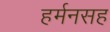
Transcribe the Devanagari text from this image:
हर्मनसह